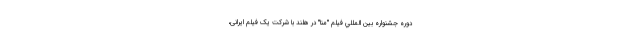
دوره جشنواره بين المللي فیلم "مِنا" در هلند با شرکت یک فیلم ایرانی،